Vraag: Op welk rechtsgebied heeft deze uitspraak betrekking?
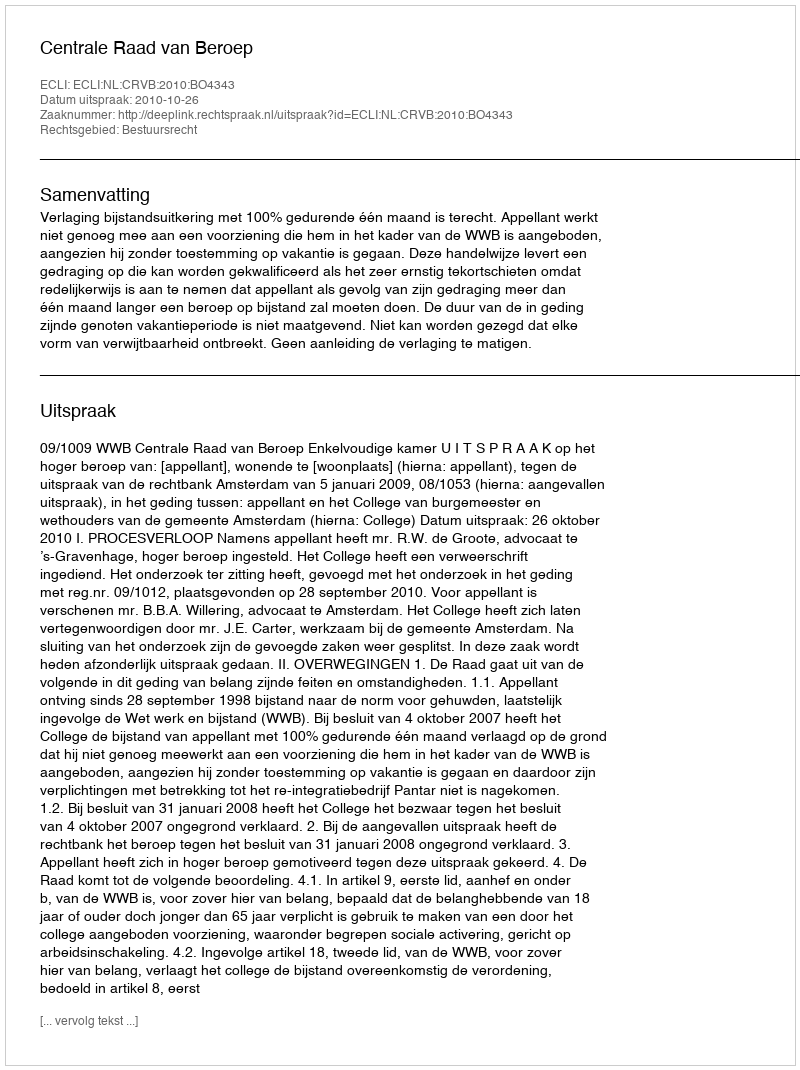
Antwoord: Bestuursrecht